Report on sanitation, dispensaries, and jails in Rajputana for 1913, and on vaccination for the year 1913-1914 - 1913-1914
Year: 1913
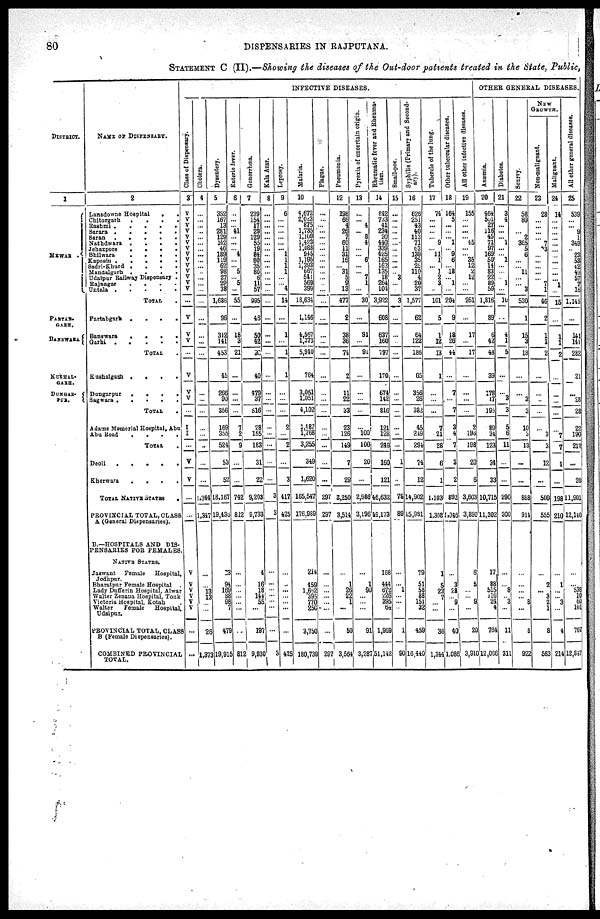
80
DISPENSARIES IN RAJPUTANA.
STATEMENT C (II).—Showing the diseases of the Out-door patients treated in the State, Public,
DISTRICT.
1
MEWAR
.
PARTAB-
GARH.
BANSWARA
KUSHAL-
GARH.
DUNGAR-
PUR.
NAME OF DISPENSARY.
2
Lansdowne Hospital
.
.
Chitorgarh
.
.
.
.
Rashmi
.
.
.
.
.
Sarara
.
.
.
.
.
Saran
.
.
. . .
Nathdwara .
.
.
.
Jehazpore
.
.
.
.
Bhilwara
.
.
.
.
Kapasin .
.
.
.
.
Sadri-Khurd .
.
.
.
Mandalgarh .
.
.
.
Udaipur Railway Dispensary .
Rajnagar
.
.
.
.
Untala .
.
.
.
.
TOTAL .
Partabgarh .
.
.
.
Banswara
.
.
.
.
Garhi
.
.
.
.
.
TOTAL .
Kushalgarh .
.
.
.
Dungarpur
.
.
.
.
Sagwara .
.
.
.
.
TOTAL .
Adams Memorial Hospital, Abu
Abu Road
.
.
.
.
TOTAL .
Deoli
.
.
.
.
.
Kherwara
.
.
.
.
TOTAL NATIVE STATES
.
PROVINCIAL TOTAL, CLASS
A (General Dispensaries).
B.—HOSPITALS AND DIS-
PENSARIES FOR FEMALES.
NATIVE STATES.
Jaswant Female
Hospital,
Jodhpur.
Bharatpur Female Hospital .
Lady Dufferin Hospital, Alwar
Walter Zenana Hospital, Tonk
Victoria Hospital, Kotah .
Walter
Female
Hospital,
Udaipur.
PROVINCIAL TOTAL, CLASS
B (Female Dispensaries).
COMBINED PROVINCIAL
TOTAL.
INFECTIVE DISEASES.
Class of Dispensary.
3
V
V
V
V
V
V
V
V
V
V
V
V
V
V
...
V
V
V
...
V
V
V
...
I
I
...
V
V
...
...
V
V
V
V
V
V
...
...
Cholera.
4
...
...
...
...
...
...
...
...
...
...
...
...
...
...
...
...
...
...
...
...
...
...
...
...
...
...
...
...
1,344
1,347
...
... 13
13
...
...
26
1,373
Dysentery.
5
352
167
13
281
129
142
40
189
119 62
98
27
29
38
1,686
96
312
141
453
45
266
90
356
169
355
524
53
52
18,167
19,436
23
94
169
83
98
7
479
19,915
Enteric fever.
6
...
...
... 41
...
...
... 4
...
... 5
... 5
...
55
...
18
3
21
...
...
...
...
7
2
9
...
...
742
812
...
... ...
...
...
...
...
812
Gonorrhœa.
7
239
154
17
29
129
55
19
84
80
35
80
6
11
57
995
46
50
42
92
40
479
37
516
28
155
183
31
22
9,203
9,733
4
16
18
144
55
...
197
9,930
Kala Azar.
8
...
... ...
...
...
...
...
...
...
...
...
...
...
...
...
...
...
...
...
...
...
...
...
...
...
...
...
...
3
3
...
...
...
...
...
...
...
3
Leprosy.
9
6
...
...
...
...
...
... 1
1
1
1
...
... 4
14
...
1
...
1
1
...
...
...
2
...
2
...
3
417
425
...
...
...
...
...
...
...
425
Malaria.
10
4,672
2,023
875
1,735
1,109
1,423
1,088
945
1,195
1,393
667
541
569
399
18,634
1,146
4,567
1,373
5,940
764
3,051
1,051
4,102
1,487
1,768
3,255
349
1,620
165,547
176,989
214
459
1,652
395
770
250
3,750
180,739
Plague.
...
...
...
...
...
...
...
...
...
...
...
...
...
...
...
...
...
...
...
...
...
...
...
...
...
...
...
...
297
297
...
...
...
... ...
...
...
297
Pneumonia.
12
198
66
4
26
7
60
11
31
16
... 31
5
9
13
477
2
38
36
74
2
11
22
33
23
126
149
7
29
3,250
3,514
...
1
26
22
1
...
50
3,564
Pyrexia of uncertain origin.
13
...
... 4
... 8
4
...
... 6
...
... 7
1
...
30
...
91
...
91
...
...
...
...
...
100
100
20
...
2,986
3,196
...
1
90
... ...
...
91
3,287
Rheumatic fever and Rheuma-
tism.
14
842
733
41
234
20
440
339
425
165
162
135
18
264
104
3,922
608
637
160
797
170
674
142
816
121
128
249
160
121
46,632
49,173
168
444
672
226
395
64
1,969
51,142
Small-pox.
15
...
...
...
...
...
...
...
...
...
...
... 3
...
...
3
...
...
...
...
...
...
...
...
...
...
...
1
...
78
89
...
...
1
...
...
...
1
90
Syphilis (Primary and Second-
ary).
16
626
251
43
40
113
71
63
139
35
25
110
4
20
37
1,577
62
64
122
186
65
356
26
382
45
249
294
74
12
14,902
15,981
79
51
58
88
151
32
459
16,440
Tubercle of the lung.
17
74
...
...
...
... 9
... 11
1
... 1
2
3
...
101
5
1
12
13
1
...
...
...
7
21
28
6
1
1,103
1,308
1
5
23
7
...
...
36
1,344
Other tubercular diseases.
18
164
5
...
...
... 1
... 9
6
... 18
... 1
...
204
9
18
26
44
...
7
...
7
3
4
7
3
2
892
1,046
...
3
28
... 9
...
40
1,086
All other infective diseases.
19
155
...
...
...
... 45
...
... 35
12
2
12
...
...
261
...
17
...
17
...
...
...
...
2
196
198
20
6
3,603
3,890
6
5
...
... 9
...
20
3,910
OTHER GENERAL DISEASES.
Anæmia.
20
464
501
27
116
45
71
97
169
59
14
83
22
89
59
1,816
89
6
42
48
39
178
17
195
89
34
123
34
33
10,715
11,302
17
88
515
116
24
4
764
12,056
Diabetes.
21
3
4
...
...
... 1
...
... 1
...
...
... 1
...
10
...
4
1
5
...
...
3
3
5
6
11
...
...
290
300
...
... 8
... 3
...
11
311
Scurvy.
22
58
80
...
... 2
365
5
6
...
... 11
...
... 3
530
1
15
3
18
...
...
3
3
10
3
13
...
...
888
914
...
...
...
... 3
...
8
922
NEW
GROWTH.
Non-malignant.
23
28
...
...
...
... 7
3
...
...
...
...
... 7
1
46
2
1
1
2
...
...
...
...
...
3
3
12
...
500
555
...
2
... 3
2
1
8
563
Malignant.
24
14
...
...
...
...
...
...
...
...
...
...
... 1
...
15
...
1
1
2
...
...
...
...
...
7
7
1
...
198
210
...
1
...
... 3
...
4
214
All other general diseases.
25
539
...
... 9
1
349
... 23
53
12
49
57
7
16
1,145
...
141
141
282
21
...
28
28
22
190
212
...
20
11,901
12,140
...
... 536
10
60
101
707
12,847